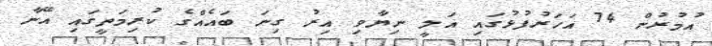
އުމުރުން 74 އަހަރުފުޅުގައި އަލީ ނިޔާވި އިރު ގިނަ ބައެއްގެ ކުރިމަތީގައި އޭނާ